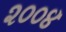
૨૦૦૪